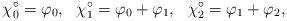
LaTeX: \begin{align*} \chi_0^\circ = \varphi_0,~~\chi_1^\circ = \varphi_0+\varphi_1,~~ \chi_2^\circ = \varphi_1 + \varphi_2,\end{align*}